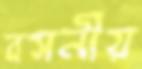
বসনীয়